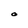
Character: O